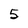
Character: 5